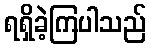
ရရှိခဲ့ကြပါသည်